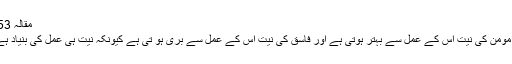
مقالہ 53)
* مومن کی نیت اس کے عمل سے بہتر ہوتی ہے اور فاسق کی نیت اس کے عمل سے بُری ہو تی ہے کیونکہ نیت ہی عمل کی بنیاد ہے۔